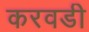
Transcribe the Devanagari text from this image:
करवडी